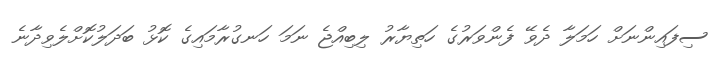
ސިފައިންނަށް ހަމަލާ ދެވޭ ފެންވަރުގެ ހަތިޔާރު ލިބިއްޖެ ނަމަ ހަނގުރާމައިގެ ކޮޅު ބަދަލުކޮށްލެވިދާނެ